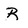
Character: R